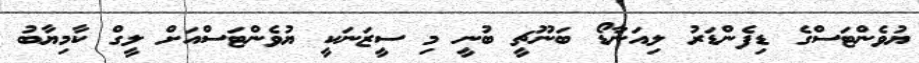
ޔުވެންޓަސްގެ ޑިފެންޑަރު ލިއަނާޑޯ ބަނޫޗީ ބުނީ މި ސީޒަނަކީ ޔުވެންޓަސްއަށް ލީގް ކާމިޔާބު